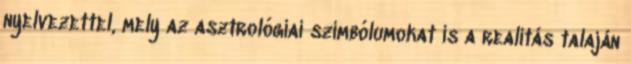
nyelvezettel, mely az asztrológiai szimbólumokat is a realitás talaján